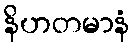
နိဟတမာနံ